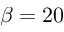
\beta = 2 0